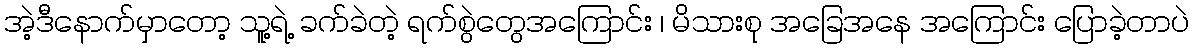
အဲ့ဒီနောက်မှာတော့ သူ့ရဲ့ ခက်ခဲတဲ့ ရက်စွဲတွေအကြောင်း ၊ မိသားစု အခြေအနေ အကြောင်း ပြောခဲ့တာပဲ